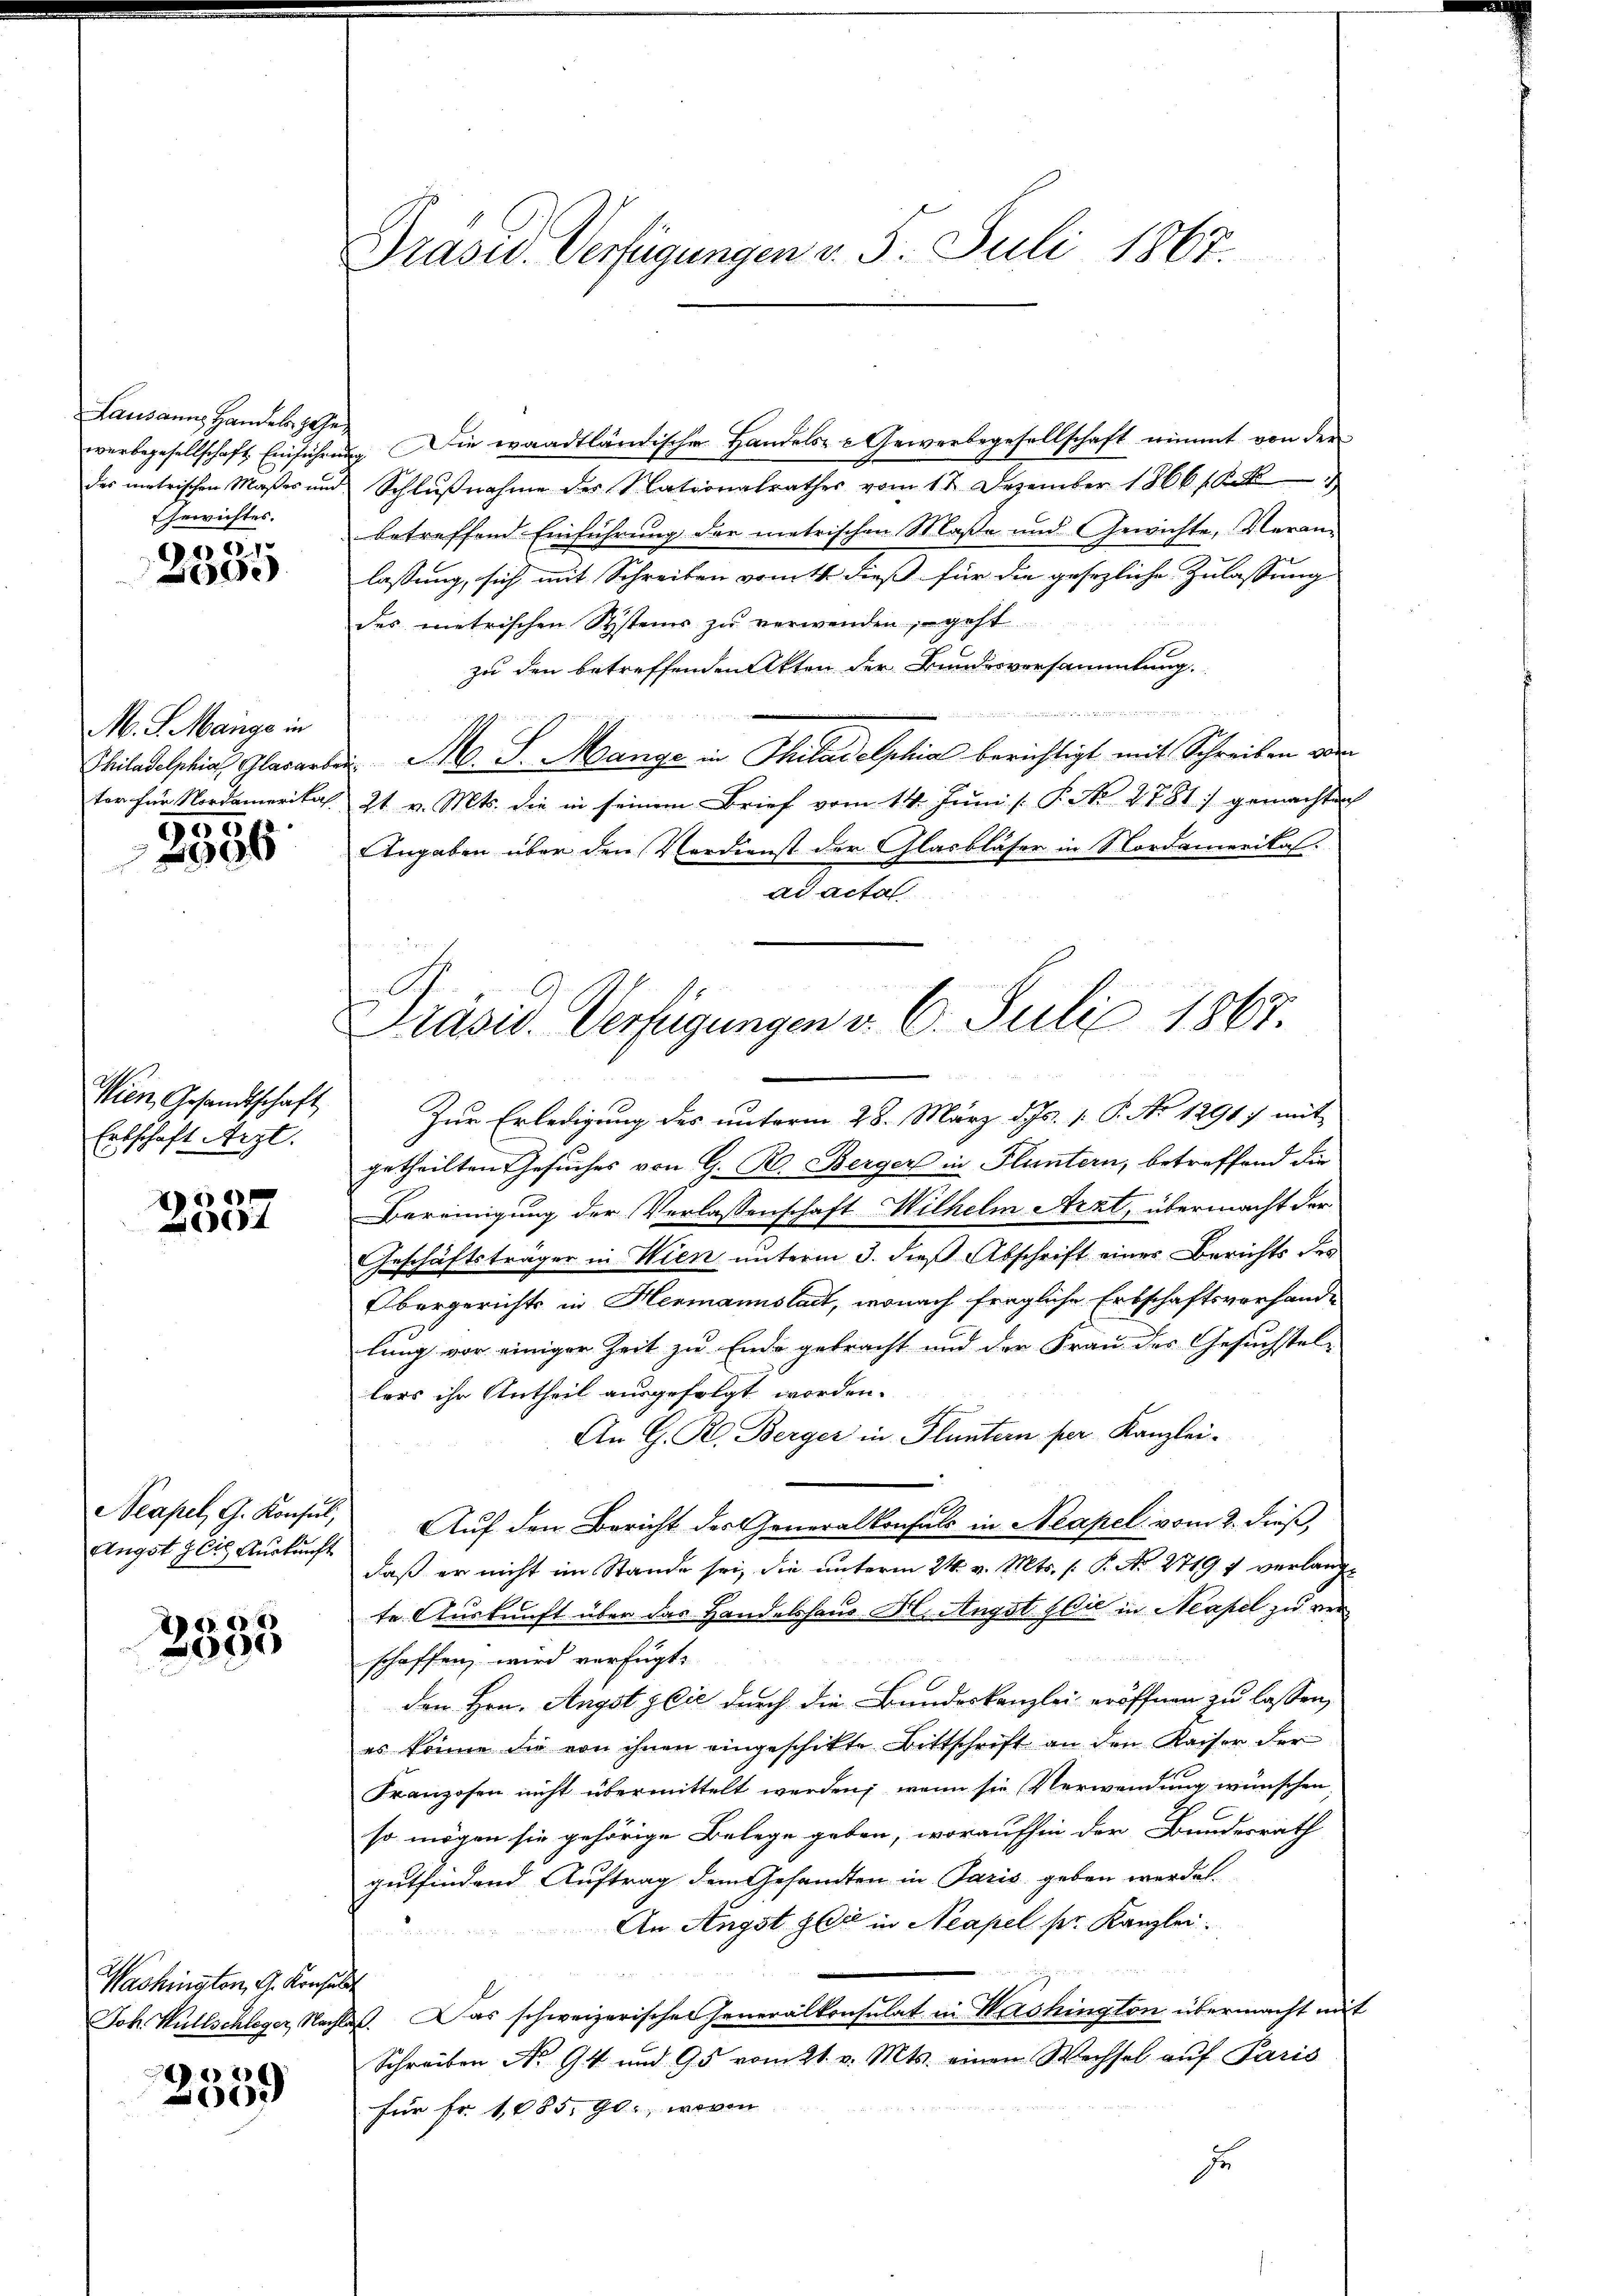
Lausanns Handels zah
werbsgesellschaft. Einführ
des metrischen Maßes und
Gewichtes.

661
e

M. J. Mange in
Philadelphia Glasart
tor für Nordamerikas
905

2996

Wien, Gesandtschaft
Erbschaft Arzt.

20
4

Angst 20. Auskunft

2335

Washingten, G. Konse
Joh. Hüllschleger, Nach

e
005

Präsid. Verfügungen v. 5. Juli 1867.

ung. Die waadtländische Handels- & Gewerbegesellschaft nimmt von der
Schlŭβnahme des Nationalrathes vom 12. Dezember 1866 18
betreffend Einführung der metrischen Maße und Gewichte, Veran-
lassung, sich mit Schreiben vom ts. dieß für die gesezliche Zulassung
des metrischen Systems zu verwenden, geht
zu den betreffenden Akten der Bundesversammlung.
. M. S. Mange in Thiladelphiae berichtigt mit Schreiben oder
21. v. Mts. die in seinem Brief vom 14. Juni [ P. Nr. 2781) gemachten
Angaben über den Verdienst der Glasbläser in Nordamerikas.
ad acta
Zur Erledigung des unterm 28. März d. Js. 1. P. No 12917 mit
getheilten Gesuches von G. B. Berger in Fluntern, betreffend die
Bereinigung der Verlassenschaft Wilhelm Arzt, übermacht der
Geschäftsträger in Wien unterm 3. dieß Abschrift einer Berichts des
Obergerichts in Hermannstadt, wonach fragliche Erbschaftsvorhande
lung vor einiger Zeit zu Ende gebracht und der Frau des Gesuchstel-
lers ihr Urtheil ausgefolgt worden.
An G. R. Berger in Fluntern per Kanzlei-
1
Neapel, G. Konsul, Auf den Bericht des Generalkonfals in Neapel vom 2. dieß,
daß er nicht im Stande sei, die unterm 24. v. Mts. s. P. No. 2719 1 verlangte Auskunft über das Handelshaus Hl. Angst die in Neapel zu verschaffen wird verfügt:
den Hrn. Angst die durch die Bundeskanzlei eröffnen zu lassen,
es könne die von ihnen eingeschikte Bittschrift an den Kaiser der
Franzosen nicht übermittelt werden; wenn sie Verwendung wünschen,
so mögen sie gehörige Belege geben, woraufhin der Bundesrath
gutfindend Auftrag dem Gesandten in Paris geben werde.
An Angst der in Neapel ser Kanzlei.
u
las. Das schweizerischen Generalkonsulat in Washington übermacht mit
Schreiben No. 94 und 95 vom 21. v. Mts. einen Wechsel auf Paris
für Fr. 1085. 90, wovon
u

Präsid. Vertigungen v. 6. Juli 1867.